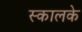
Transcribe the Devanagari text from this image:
स्कालके